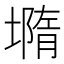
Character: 𡐦